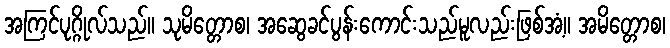
အကြင်ပုဂ္ဂိုလ်သည်။ သုမိတ္တောစ၊ အဆွေခင်ပွန်းကောင်းသည်မူလည်းဖြစ်အံ့။ အမိတ္တောစ၊